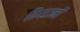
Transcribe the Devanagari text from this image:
किसानोंं